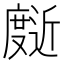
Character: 𰐄